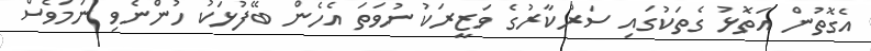
އެގޮތުން އަތޮޅު ގެތަކުގައި ސަރުކާރުގެ ވަޒީރަކު ނުވަތަ އެހެން ބޭފުޅަކު ހުންނެވި ނަމަވެސް